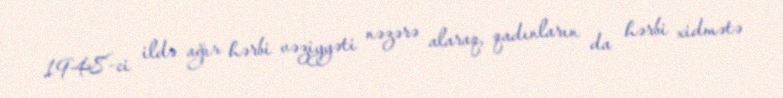
1948-ci ildə ağır hərbi vəziyyəti nəzərə alaraq, qadınların da hərbi xidmətə